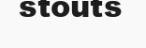
stouts